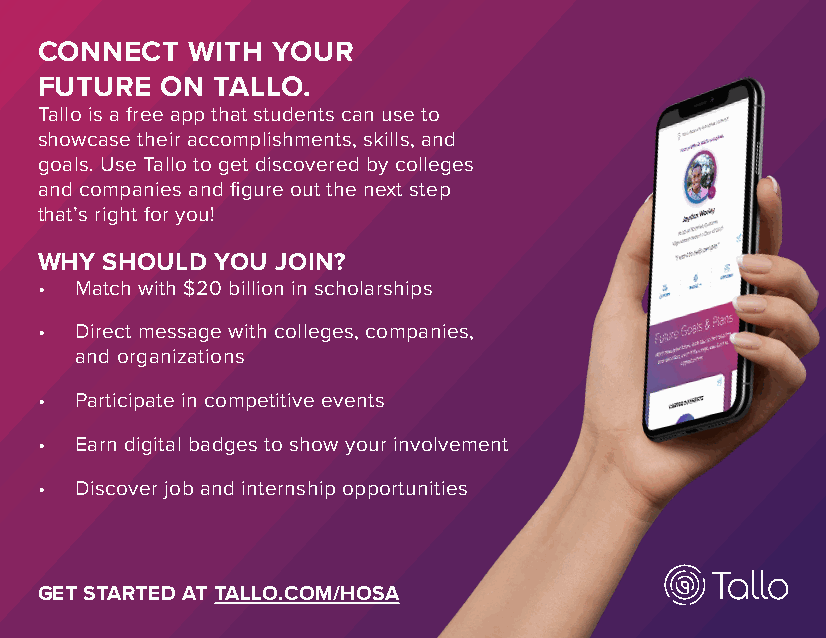
CONNECT   WITH  YOUR
 FUTURE   ON TALLO.
 Tallo is a free app that students can use to
 showcase their accomplishments, skills, and
 goals. Use Tallo to get discovered by colleges
 and companies and figure out the next step
 that’s right for you!
 WHY  SHOULD YOU JOIN?
 •  Match with $20 billion in scholarships
 •  Direct message with colleges, companies,
 and organizations
 •  Participate in competitive events
 •  Earn digital badges to show your involvement
 •  Discover job and internship opportunities
 GET STARTED AT TALLO.COM/HOSA